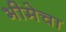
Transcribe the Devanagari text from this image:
भीमेचा